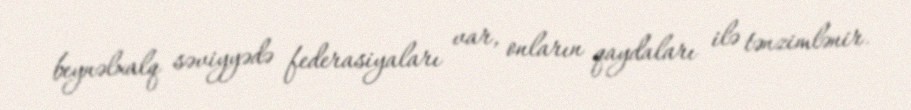
beynəlxalq səviyyədə federasiyaları var, onların qaydaları ilə tənzimlənir.